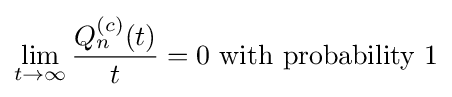
\lim _{t\rightarrow \infty }{\frac {Q_{n}^{(c)}(t)}{t}}=0{\text{ with probability 1}}